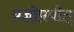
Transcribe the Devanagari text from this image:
यज्ञोपवीत्